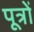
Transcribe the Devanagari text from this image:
पूत्रों